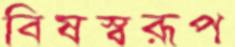
বিষস্বরূপ